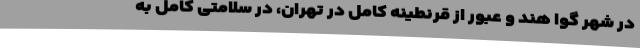
در شهر گوا هند و عبور از قرنطینه کامل در تهران، در سلامتی کامل به